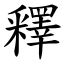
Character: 釋